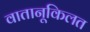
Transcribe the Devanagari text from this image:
वातानूकिलत